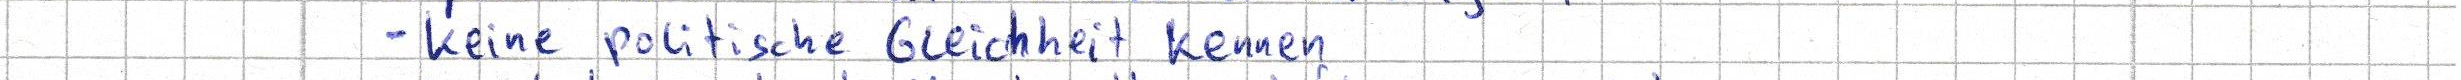
- keine politische Gleichheit kennen